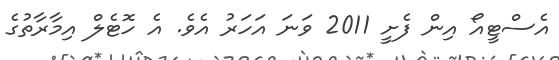
އެސްޓީއޯ އިން ފެށީ 2011 ވަނަ އަހަރު އެވެ. އެ ހޮޓެލް އިމާރާތުގެ